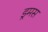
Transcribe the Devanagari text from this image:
ड्रमस